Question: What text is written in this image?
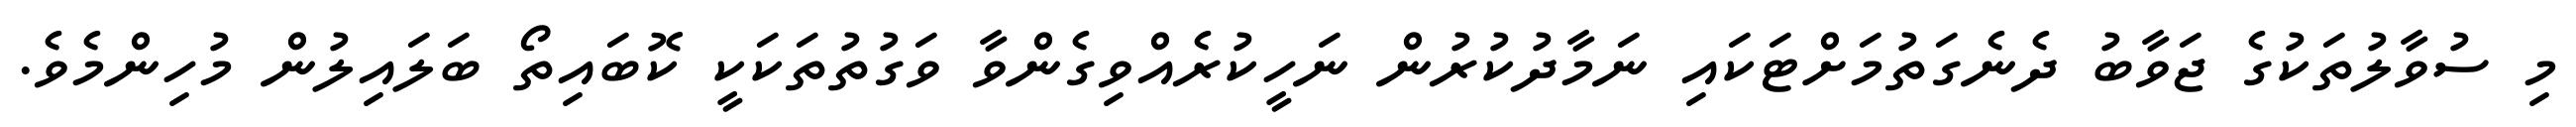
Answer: މި ސުވާލުތަކުގެ ޖަވާބު ދެނެގަތުމަށްޓަކައި ނަމާދުކުރުން ނަހީކުރެއްވިގެންވާ ވަގުތުތަކަކީ ކޮބައިތޯ ބަލައިލުން މުހިންމެވެ.